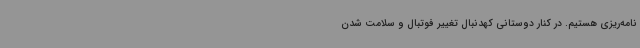
نامه‌ریزی هستیم. در کنار دوستانی کهدنبال تغییر فوتبال و سلامت شدن